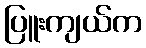
ပြူးကျယ်က